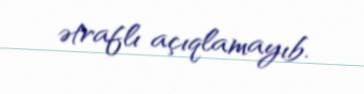
ətraflı açıqlamayıb.